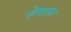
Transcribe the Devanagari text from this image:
ज़ेबस्त